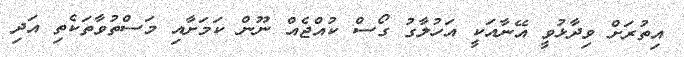
އިތުރަށް ވިދާޅުވީ އޭނާއަކީ އަހުލާގު ގޯސް ކުއްޖެއް ނޫން ކަމަށާއި މަސްތުވާތަކެތި އަދި